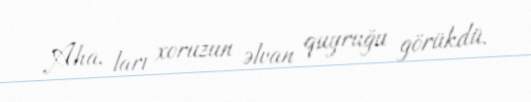
Aha, ları xoruzun əlvan quyruğu görükdü.